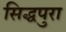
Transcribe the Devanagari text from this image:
सिद्धपुरा